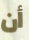
أن